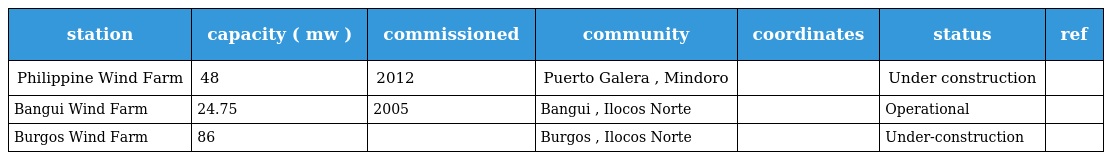
| station | capacity ( mw ) | commissioned | community | coordinates | status | ref |
 | --- | --- | --- | --- | --- | --- | --- |
 | Philippine Wind Farm | 48 | 2012 | Puerto Galera , Mindoro |  | Under construction |  |
 | Bangui Wind Farm | 24.75 | 2005 | Bangui , Ilocos Norte |  | Operational |  |
 | Burgos Wind Farm | 86 |  | Burgos , Ilocos Norte |  | Under-construction |  |